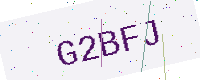
Text: G2BFJ